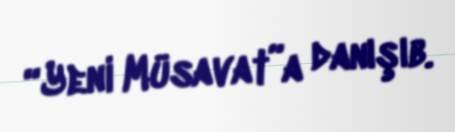
“Yeni Müsavat”a danışıb.